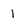
Character: 1